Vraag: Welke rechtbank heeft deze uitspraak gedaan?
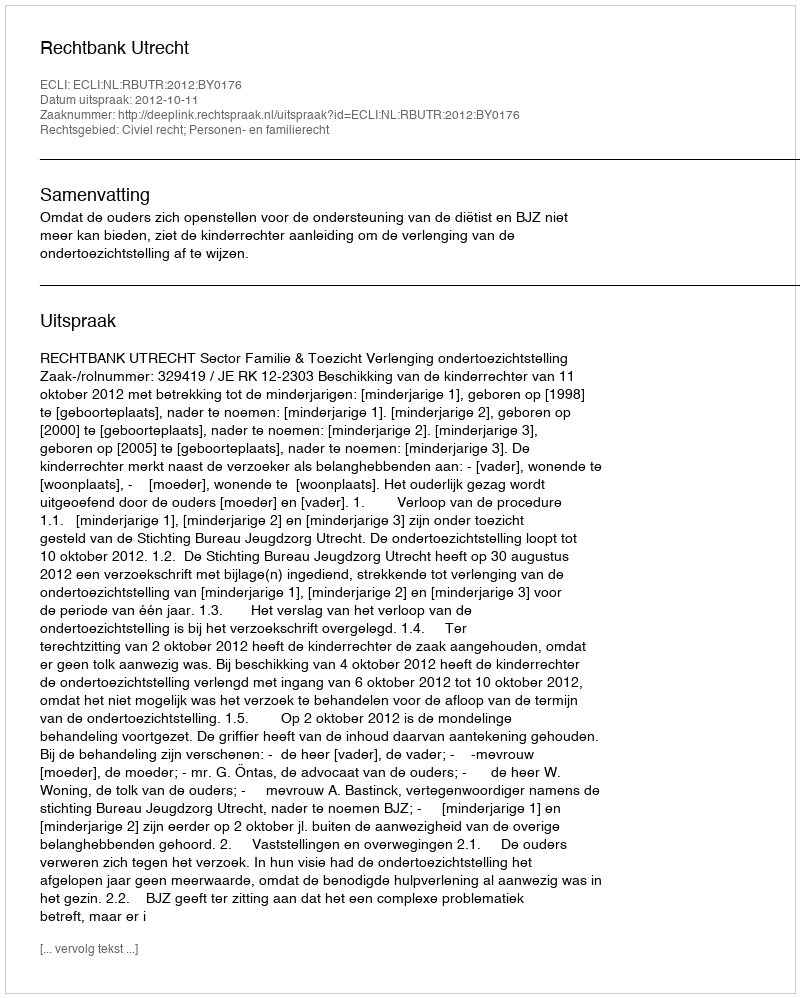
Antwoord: Rechtbank Utrecht